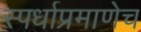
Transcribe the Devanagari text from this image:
स्पर्धाप्रमाणेच